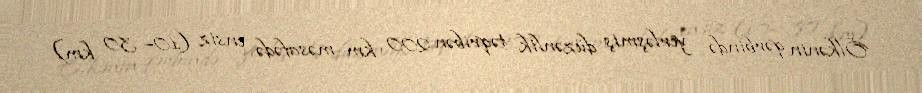
Ölkənin qərbində yerləşmiş düzənlik təqribən 200 km məsafədə ensiz (10– 30 km)